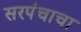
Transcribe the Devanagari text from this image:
सरपंचाचा